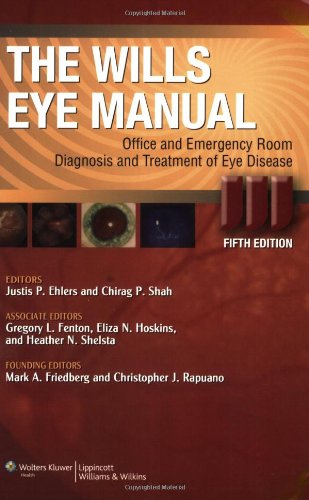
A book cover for The Wills Eye Manual: Office and Emergency Room Diagnosis and Treatment of Eye Disease (Rhee, The Wills Eye Manual); Medical Books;